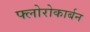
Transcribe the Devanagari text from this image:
फ्लोरोकार्बन